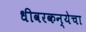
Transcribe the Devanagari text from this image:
धीवरकन्येचा